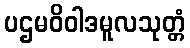
ပဌမဝိဝါဒမူလသုတ္တံ